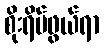
စိုးရိမ်ဖွယ်ရာ